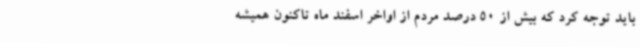
باید توجه کرد که بیش از 50 درصد مردم از اواخر اسفند ماه تاکنون همیشه